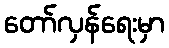
တော်လှန်ရေးမှာ